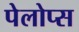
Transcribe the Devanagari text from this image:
पेलोप्स